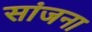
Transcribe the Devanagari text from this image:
सांजना